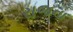
રાજના